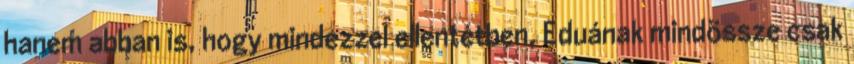
hanem abban is, hogy mindezzel ellentétben, Eduának mindössze csak